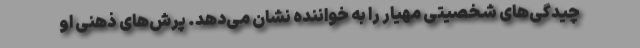
چیدگی‌های شخصیتی مهیار را به خواننده نشان می‌‌دهد. پرش‌های ذهنی او